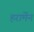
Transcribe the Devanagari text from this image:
हरामेंन